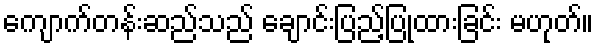
ကျောက်တန်းဆည်သည် ချောင်းပြည့်ပြုထားခြင်း မဟုတ်။